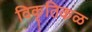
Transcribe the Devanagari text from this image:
विकृतिकळ